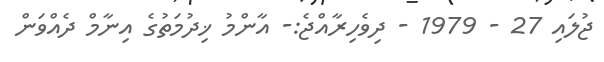
ޖުލައި 27 - 1979 - ދިވެހިރާއްޖެ:- އާންމު ޚިދުމަތުގެ އިނާމް ދެއްވަން